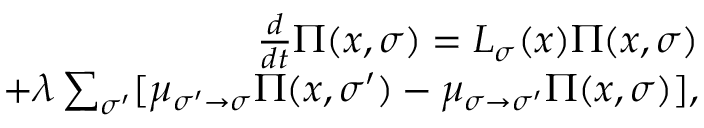
\begin{array} { r } { \frac { d } { d t } \Pi ( x , \sigma ) = L _ { \sigma } ( x ) \Pi ( x , \sigma ) } \\ { + \lambda \sum _ { \sigma ^ { \prime } } [ \mu _ { \sigma ^ { \prime } \to \sigma } \Pi ( x , \sigma ^ { \prime } ) - \mu _ { \sigma \to \sigma ^ { \prime } } \Pi ( x , \sigma ) ] , } \end{array}